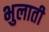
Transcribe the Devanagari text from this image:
भुलाती